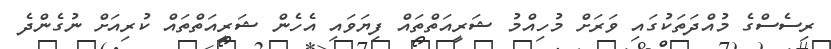
ރިސެސްގެ މުއްދަތަކުގައި ވަރަށް މުހިއްމު ޝަރީއަތްތައް ފިޔަވައި އެހެން ޝަރީއަތްތައް ކުރިއަށް ނުގެންދެ